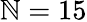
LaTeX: \mathbb{N}=15